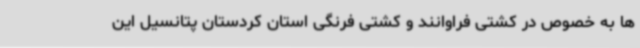
ها به خصوص در کشتی فراوانند و کشتی فرنگی استان کردستان پتانسیل این